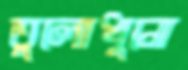
তুলোধুনো